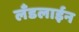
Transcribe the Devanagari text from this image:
लँडलाईन